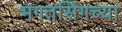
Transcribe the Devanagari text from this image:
भगतसिंगच्या